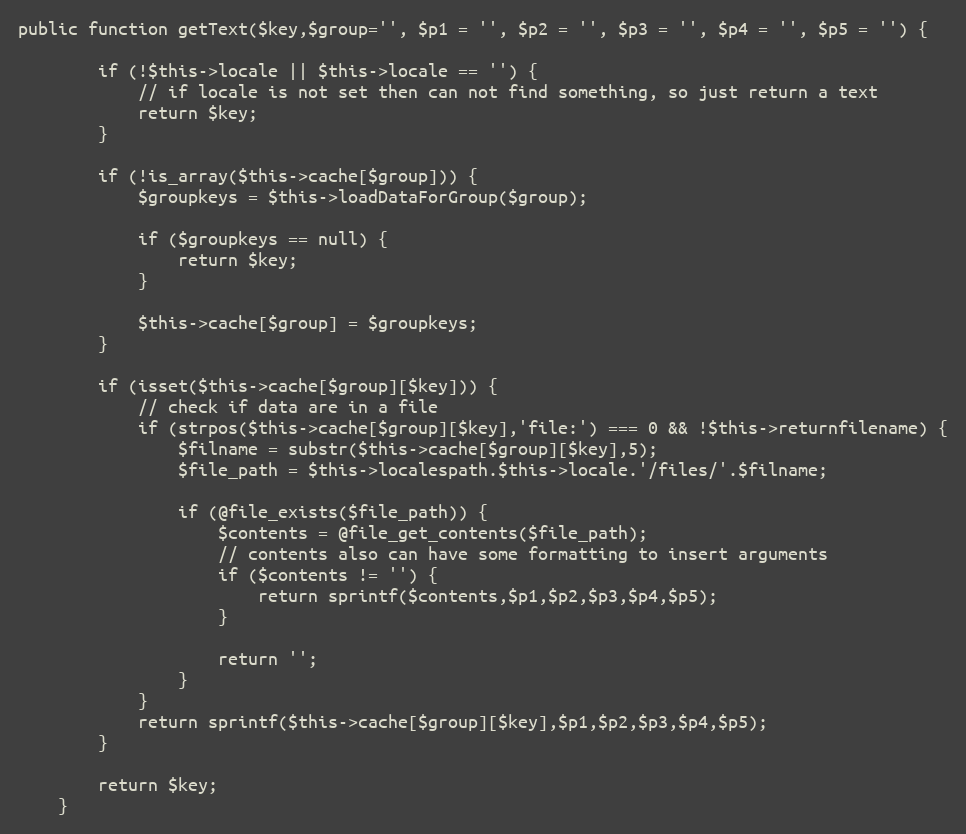
Language: PHP
public function getText($key,$group='', $p1 = '', $p2 = '', $p3 = '', $p4 = '', $p5 = '') {

		if (!$this->locale || $this->locale == '') {
			// if locale is not set then can not find something, so just return a text
			return $key;
		}

		if (!is_array($this->cache[$group])) {
			$groupkeys = $this->loadDataForGroup($group);

			if ($groupkeys == null) {
				return $key;
			}

			$this->cache[$group] = $groupkeys;
		}

		if (isset($this->cache[$group][$key])) {
			// check if data are in a file
			if (strpos($this->cache[$group][$key],'file:') === 0 && !$this->returnfilename) {
				$filname = substr($this->cache[$group][$key],5);
				$file_path = $this->localespath.$this->locale.'/files/'.$filname;

				if (@file_exists($file_path)) {
					$contents = @file_get_contents($file_path);
					// contents also can have some formatting to insert arguments
					if ($contents != '') {
						return sprintf($contents,$p1,$p2,$p3,$p4,$p5);
					}

					return '';
				}
			}
			return sprintf($this->cache[$group][$key],$p1,$p2,$p3,$p4,$p5);
		}

		return $key;
	}